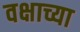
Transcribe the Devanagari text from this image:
वक्षाच्या